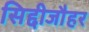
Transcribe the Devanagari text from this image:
सिद्दीजौहर